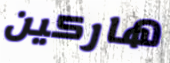
هاركين